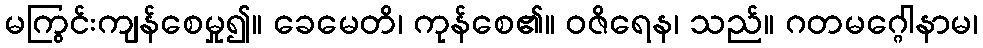
မကြွင်းကျန်စေမှု၍။ ခေမေတိ၊ ကုန်စေ၏။ ဝဇိရေန၊ သည်။ ဂတမဂ္ဂေါနာမ၊